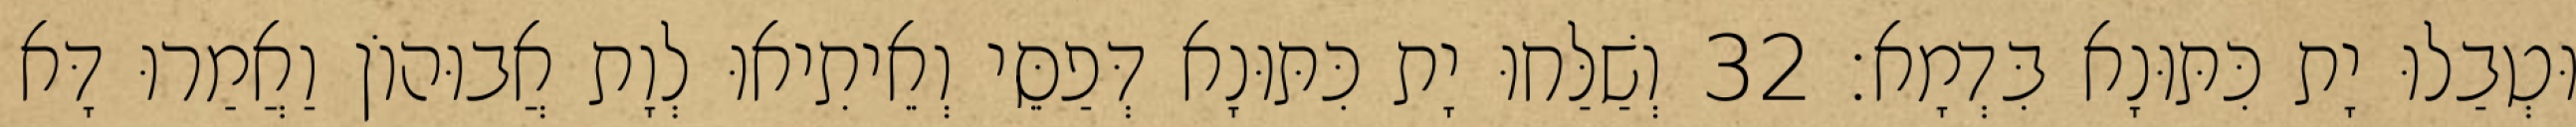
וּטְבַלוּ יָת כִּתּוּנָא בִּדְמָא׃ 32 וְשַׁלַּחוּ יָת כִּתּוּנָא דְּפַסֵּי וְאֵיתִיאוּ לְוָת אֲבוּהוֹן וַאֲמַרוּ דָּא